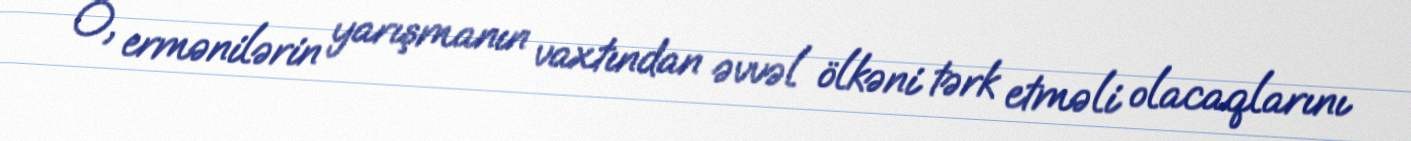
O, ermənilərin yarışmanın vaxtından əvvəl ölkəni tərk etməli olacaqlarını